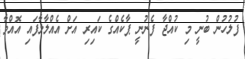
ފުލުހުން ބުނީ މި ކުއްޖާ ފެނުނީ ޕާކެއްގެ ކައިރި އަށް އެއްލާލާފައި އޮއްވާ